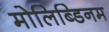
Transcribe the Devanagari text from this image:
मोलिब्डिनम